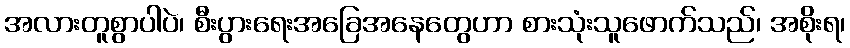
အလားတူစွာပါပဲ၊ စီးပွားရေးအခြေအနေတွေဟာ စားသုံးသူဖောက်သည်၊ အစိုးရ၊